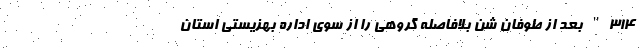
314" بعد از طوفان شن بلافاصله گروهی را از سوی اداره بهزیستی استان